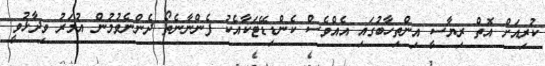
ކުރިއަށް އޮތް ރިޔާސީ އިންތިހާބުގައި އެއްވެސް ކެންޑިޑޭޓަކާއެކު ފެންނާނެތޯ ދެންނެވުމުން އުމަރު ވިދާޅުވީ